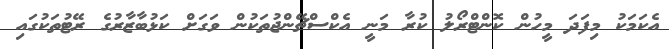
އެކަމަކު މިފަދަ މީހުން ކޮންޓްރޯލު ކުރާ މަނީ އެކްސްޗޭންޖުތަކުން ވަގަށް ކަޅުބާޒާރުގެ ރޭޓުތަކުގައި